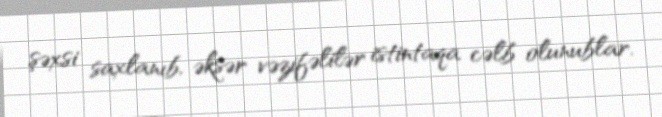
şəxsi saxlanıb, əksər vəzifəlilər istintaqa cəlb olunublar.